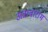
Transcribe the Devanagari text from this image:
अन्नावाराम